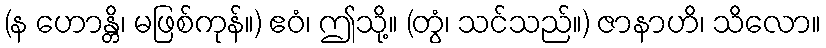
(န ဟောန္တိ၊ မဖြစ်ကုန်။) ဧဝံ၊ ဤသို့။ (တွံ၊ သင်သည်။) ဇာနာဟိ၊ သိလော။